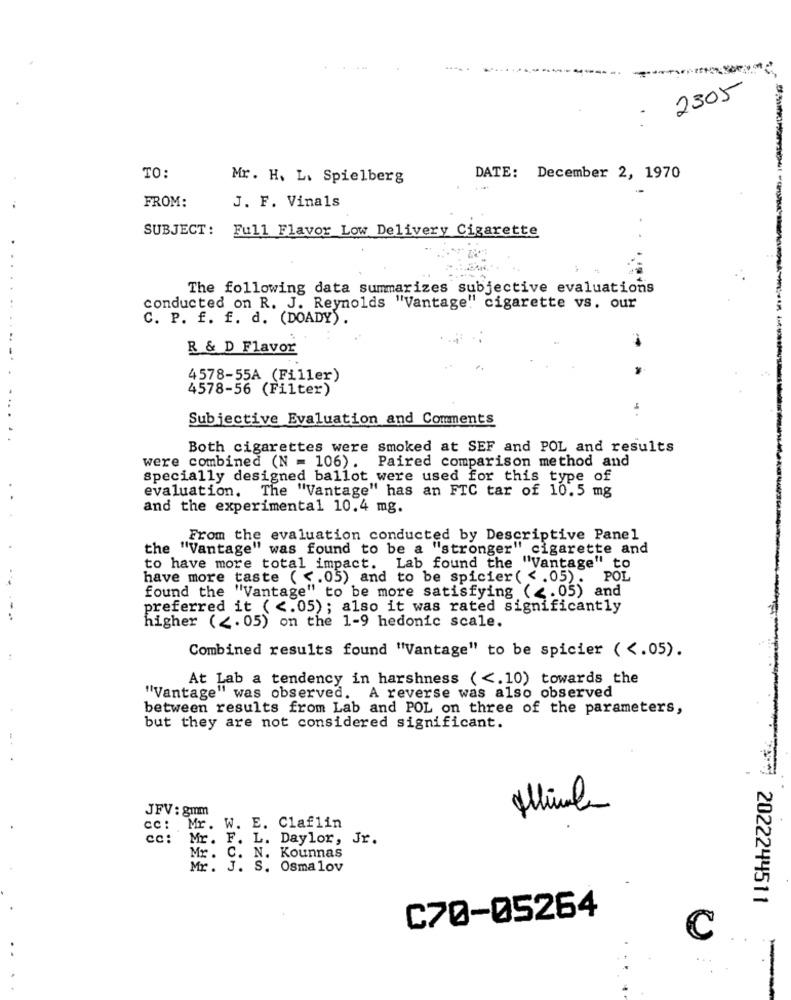
2305
-
TO:
Mr. H. L. Spielberg
DATE: December 2, 1970
FROM:
J. F. Vinals
SUBJECT: Full Flavor Low Delivery Cigarette
The following data summarizes subjective evaluations
conducted on R. J. Reynolds "Vantage" cigarette vs. our
C. P. f. f. d. (DOADY).
R & D Flavor
4578-55A (Filler)
4578-56 (Filter)
..
Subjective Evaluation and Comments
Both cigarettes were smoked at SEF and POL and results
were combined (N = 106). Paired comparison method and
Specially designed ballot were used for this type of
The "Vantage" has an FTC tar of 10.5 mg
evaluation.
and the experimental 10.4 mg.
From the evaluation conducted by Descriptive Panel
the "Vantage" was found to be a "stronger" cigarette and
to have more total impact. Lab found the "Vantage" to
. .
have more taste ( <. 05) and to be spicier ( <. 05). POL
found the "Vantage" to be more satisfying ( <. 05) and
preferred it ( <. 05); also it was rated significantly
higher ( <. 05) on the 1-9 hedonic scale.
Combined results found "Vantage" to be spicier ( <. 05).
At Lab a tendency in harshness ( <. 10) towards the
"Vantage" was observed. A reverse was also observed
between results from Lab and POL on three of the parameters,
but they are not considered significant.
-.
JFV : gmm
cc: Mr. W. E. Claflin
cc: Mr. F.
Daylor, Jr.
Kounnas
Mr. C. N.
Mr. J. S. Osmalov
2022244511
C70-05264
C